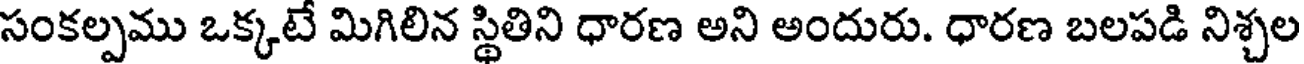
సంకల్పము ఒక్కటే మిగిలిన స్థితిని ధారణ అని అందురు. ధారణ బలపడి నిశ్చల